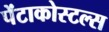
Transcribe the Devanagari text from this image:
पेंटाकोस्टल्स